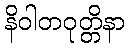
နိဝါတဝုတ္တိနာ